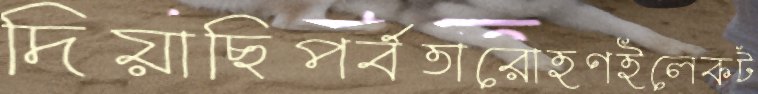
দিয়াছিপর্বতারোহণইলেকট